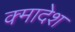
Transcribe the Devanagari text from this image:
क्मादेश